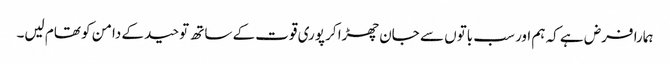
ہمارا فرض ہے کہ ہم اور سب باتوں سے جان چھڑا کر پوری قوت کے ساتھ توحید کے دامن کو تھام لیں۔